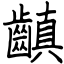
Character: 齻